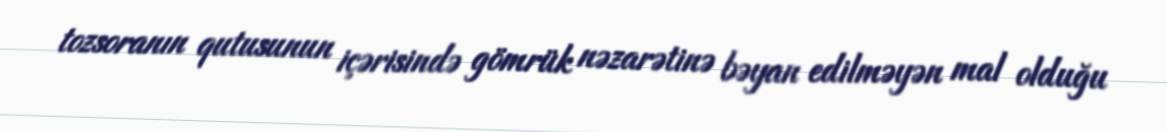
tozsoranın qutusunun içərisində gömrük nəzarətinə bəyan edilməyən mal olduğu